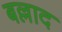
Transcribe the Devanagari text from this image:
बल्लाद